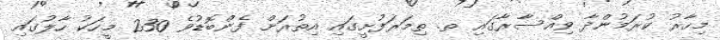
މިހާރު ކުރަމުންދާ ވިއްސާރާގައި ތ. ތިމަރަފުށީގައި އިތުރަށް ފެންބޮޑުވެ 230 މީހަކު ހާލުގައި